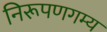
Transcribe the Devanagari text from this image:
निरूपणगम्य